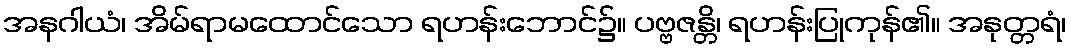
အနဂါယံ၊ အိမ်ရာမထောင်သော ရဟန်းဘောင်၌။ ပဗ္ဗဇန္တိ၊ ရဟန်းပြုကုန်၏။ အနုတ္တရံ၊